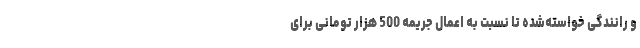
و رانندگی خواسته‌شده تا نسبت به اعمال جریمه 500 هزار تومانی برای